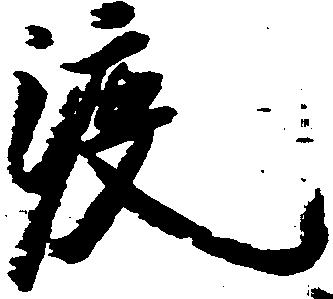
渡